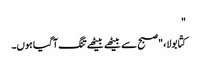
"
کتّا بولا، "صبح سے بیٹھے بیٹھے تنگ آ گیا ہوں۔